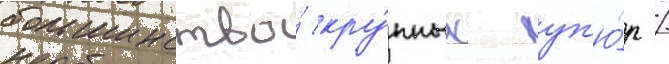
большинство́ кру́пных куп'ю́р /